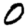
Digit: 0